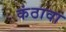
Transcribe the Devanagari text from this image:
कंठावा